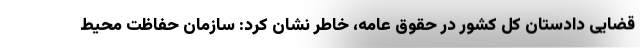
قضایی دادستان کل کشور در حقوق عامه، خاطر نشان کرد: سازمان حفاظت محیط